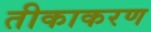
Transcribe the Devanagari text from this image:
तीकाकरण